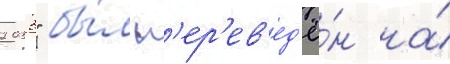
2033" бы́л п'ер'ев'ед'ё́н на́